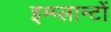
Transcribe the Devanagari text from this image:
इम्प्लान्टों